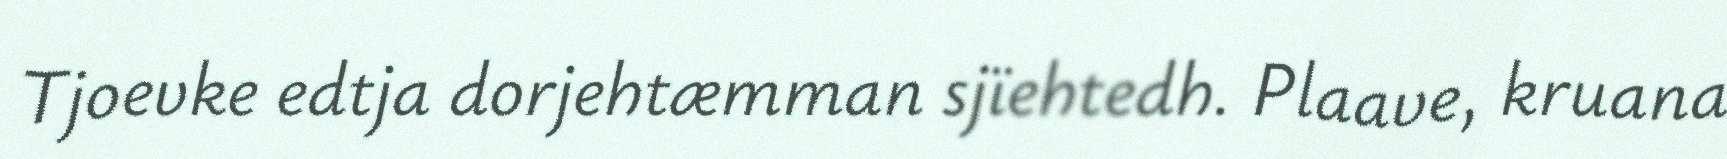
Tjoevke edtja dorjehtæmman sjïehtedh. Plaave, kruana